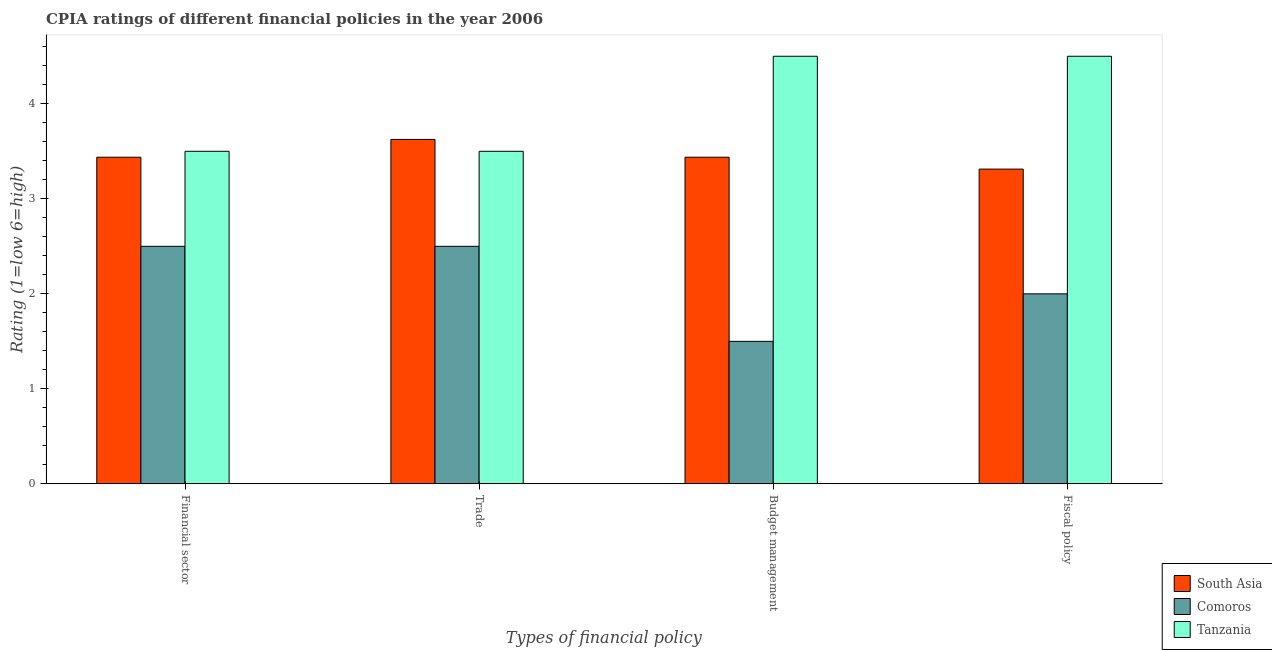
| Types of financial policy | South Asia | Comoros | Tanzania |
 | --- | --- | --- | --- |
 | Financial sector | 3.44 | 2.5 | 3.5 |
 | Trade | 3.62 | 2.5 | 3.5 |
 | Budget management | 3.44 | 1.5 | 4.5 |
 | Fiscal policy | 3.31 | 2 | 4.5 |